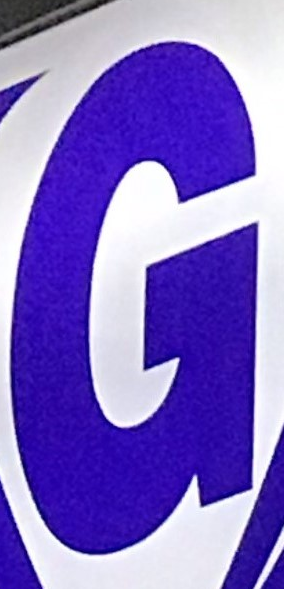
G